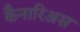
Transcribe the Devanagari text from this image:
कैनारिअस